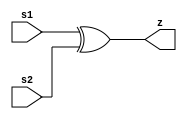
//Verilog code in Dataflow style
module TWS(
input s1,s2, //Define two Inputs pins
output z); //Define one output pin
assign z = (s1^s2); //XOR the 2 input pins(s1,s2) and assign

//the output to the output pin(X1)

endmodule